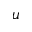
u